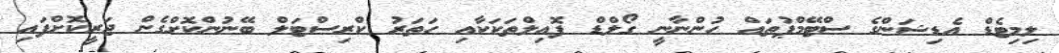
ލިމިޓެޑް އެޑިޝަންގެ ސްޓޭމްޕުތައް ހުންނާނީ ގޯލްޑް ފޮއިލްތަކަކާއި ހަތަރު ކްރިސްޓަލް ބޭނުންކޮށްގެން ޖަރީކޮށްފައި